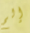
إلم